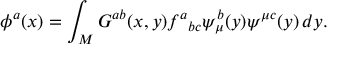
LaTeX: \phi ^ { a } ( x ) = \int _ { M } G ^ { a b } ( x , y ) { f ^ { a } } _ { b c } \psi _ { \mu } ^ { b } ( y ) \psi ^ { \mu c } ( y ) \, d y .